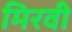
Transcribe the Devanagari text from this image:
मिरवी